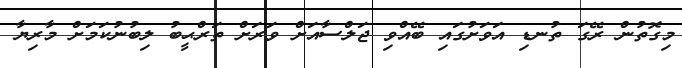
މިގޮތުން ރޭގަ ތުނޑި އަވަށުގައި ބޭއްވި ޖަލްސާއަށް ވަރަށް ތަރްޙީބު ލިބުނުކަމަށް މާރިޔާ